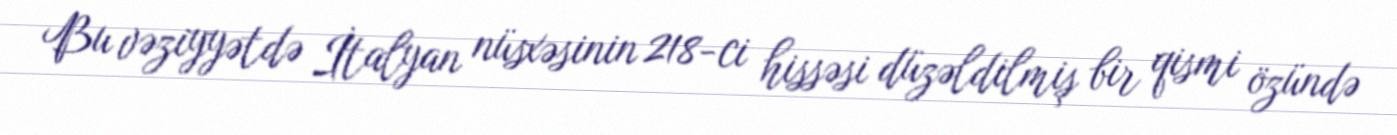
Bu vəziyyətdə İtalyan nüsxəsinin 218-ci hissəsi düzəldilmiş bir qismi özündə